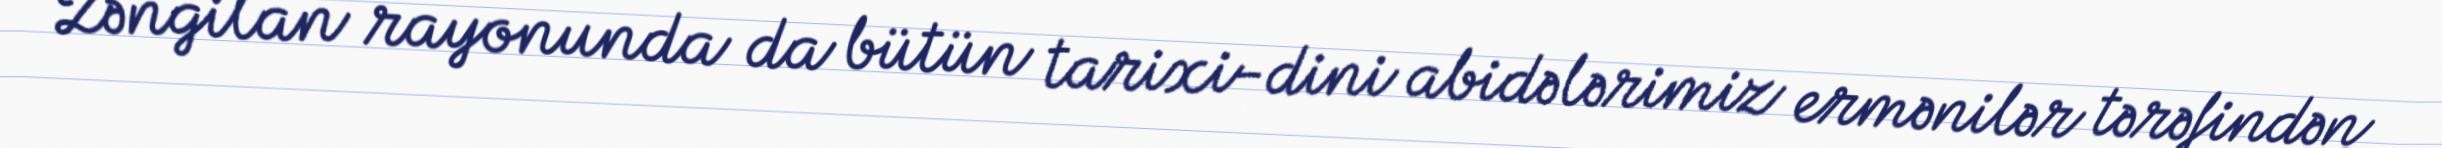
Zəngilan rayonunda da bütün tarixi-dini abidələrimiz ermənilər tərəfindən